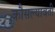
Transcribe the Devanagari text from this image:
कौसल्यावती